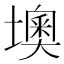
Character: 墺